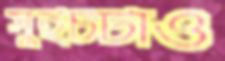
সুইচটাও